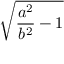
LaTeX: \sqrt { { \frac { a ^ { 2 } } { b ^ { 2 } } } - 1 }